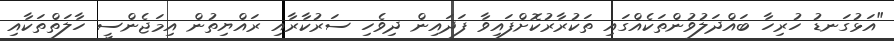
"އަޅުގަނޑު ހުރިހާ ބައްދަލުވުންތަކެއްގައި ތަކުރާރުކޮށްފައިވާ ފަދައިން ދިވެހި ސަރުކާރާއި ރައްޔިތުން އިމަޖެންސީ ހާލަތްތަކާއި